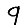
Digit: 9